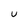
Character: u